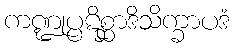
ကဏ္ဍုပ္ပဋိစ္ဆာဒိသိက္ခာပဒံ